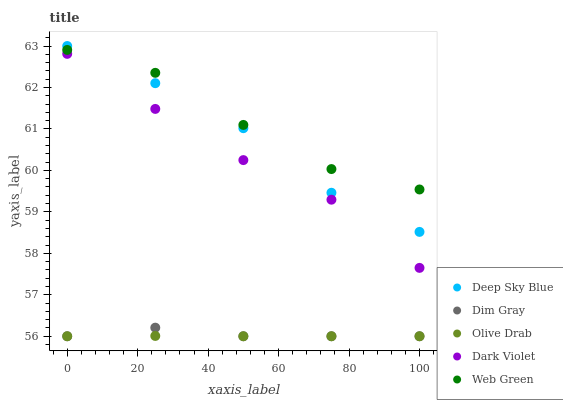
| xaxis_label | Deep Sky Blue | Dim Gray | Olive Drab | Dark Violet | Web Green |
 | --- | --- | --- | --- | --- | --- |
 | 0 | 63 | 56 | 56 | 62.8 | 62.9 |
 | 25 | 62.1 | 56.2 | 56 | 61.5 | 62.4 |
 | 50 | 61 | 56 | 56 | 60.2 | 61.1 |
 | 75 | 59.5 | 56 | 56 | 59.3 | 60 |
 | 100 | 58.5 | 56 | 56 | 57.6 | 59.5 |